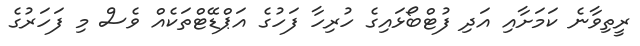
ރީތިވާނެ ކަމަށާއި އަދި ފުޓްބޯޅައިގެ ހުރިހާ ފަހުގެ އަޕްޑޭޓްތަކެއް ވެސް މި ފަހަރުގެ